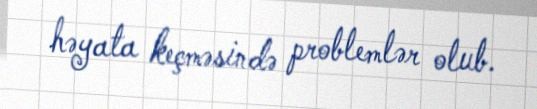
həyata keçməsində problemlər olub.